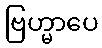
ဗြဟ္မာပေ